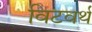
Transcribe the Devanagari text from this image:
विटवर्थ